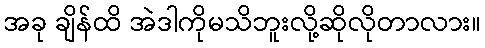
အခု ချိန်ထိ အဲဒါကိုမသိဘူးလို့ဆိုလိုတာလား။